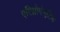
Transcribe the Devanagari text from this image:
एरिथ्रोपोएटिक